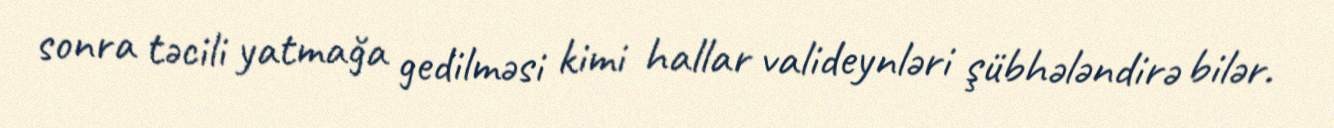
sonra təcili yatmağa gedilməsi kimi hallar valideynləri şübhələndirə bilər.